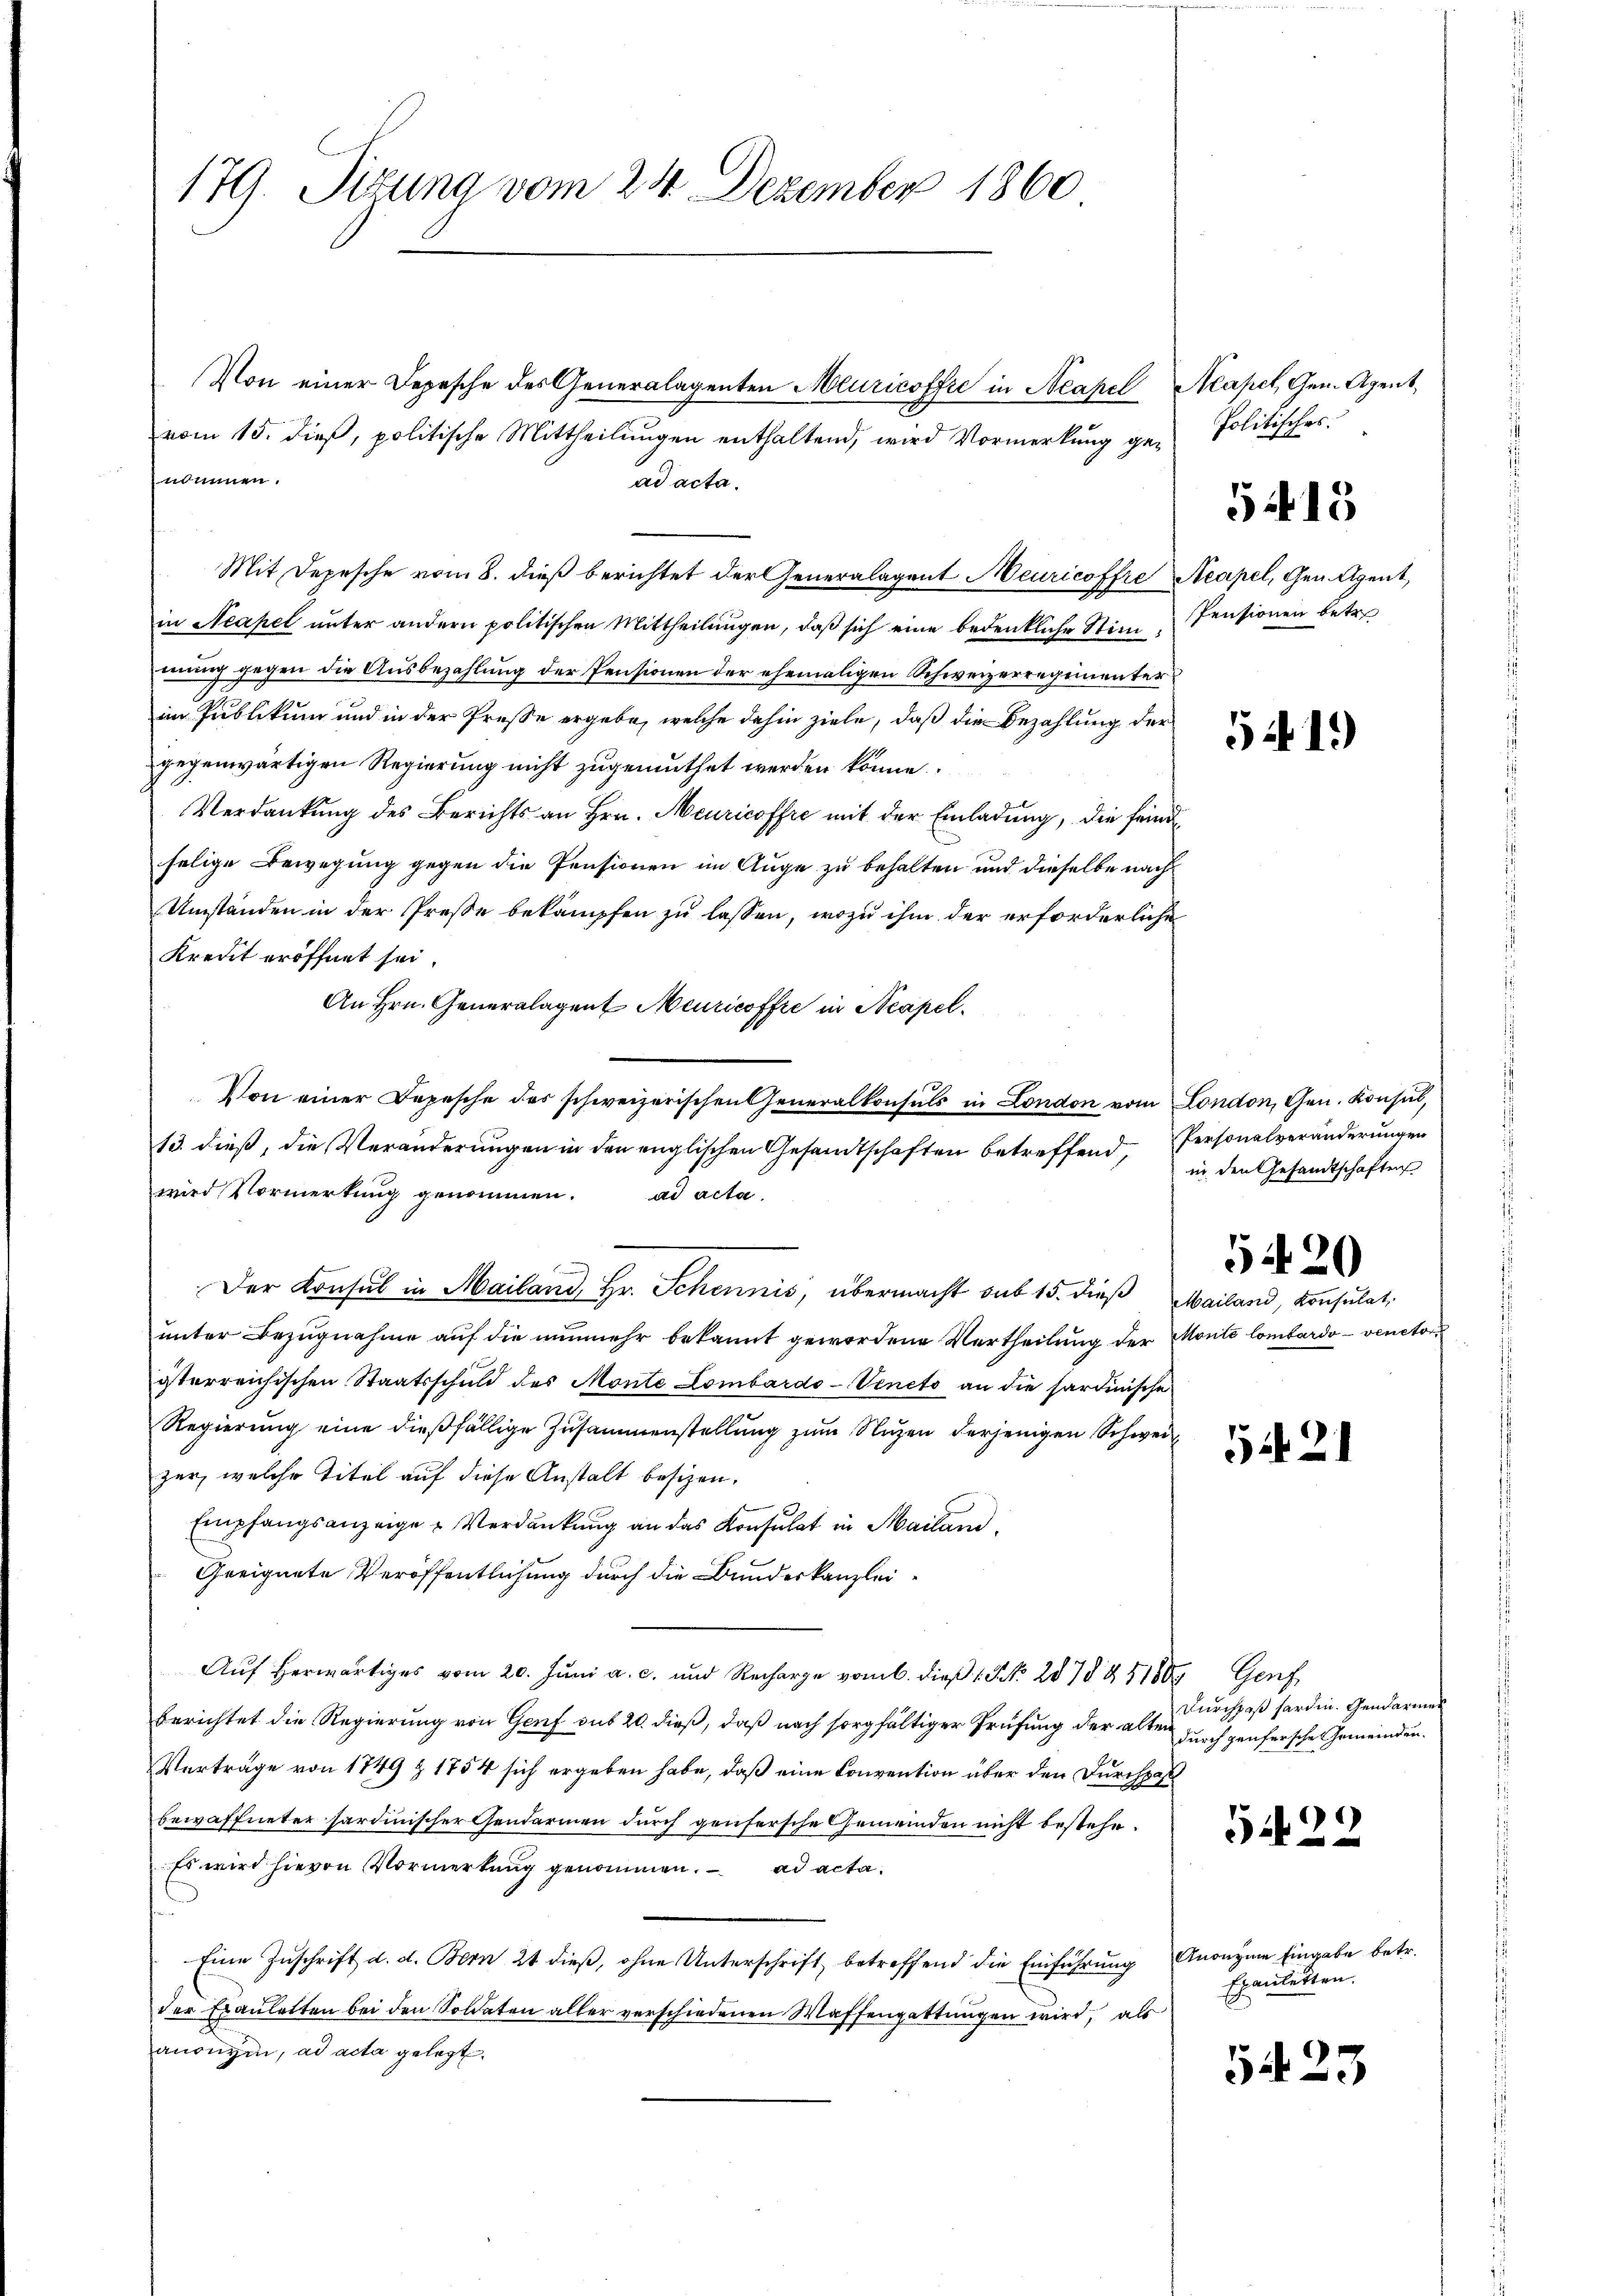
179. Sizung vom 24. Dezember 1860

vom 15. dieß, politische Mittheilungen enthaltend, wird Vormerkung genbinnen.
ad acta.
Mit Depesche vom 8. dieß berichtet der Generalagent Meuricoffre Acapel, Gen. Agent,
in Neapel unter andern politischen Mittheilungen, daß sich eine bedenkliche Stim-Pensionen betr.
mung gegen die Ausbezahlung der Pensionen der ehemaligen Schweizerregimenter
im Publikum und in der Presse ergebe, welche dahin ziele, daß die Bezahlung der
gegenwärtigen Regierung nicht zugemuthet werden könne.
Verdankung des Berichts an Hrn. Meuricoffre mit der Einladung, die feindselige Bewegung gegen die Pensionen im Auge zu behalten und dieselbe nach
Umständen in der Presse bekämpfen zu lassen, wozu ihm der erforderliche
Kredit eröffnet sei.
An Hrn. Generalagent Meuricoffre in Neapel¬
Von einer Depesche des schweizerischen Generalkonsuls in London vom London, Gen. Konsul,
13. dieß, die Veränderungen in den englischen Gesandtschaften betreffend,
wird Vormerkung genommen. ad acta
t
Der Konsul in Mailand, Hr. Schennis, übermacht sub 15. dieß Mailand, Konsulat,
unter Bezugnahme auf die nunmehr bekannt gewordene Vertheilung der Monté lombardo - venetoristerreichischen Staatsschuld des Monte Lombardo-Veneto an die sardinische
Regierung eine dießfällige Zusammenstellung zum Nuzen derjenigen Schweiz
zer, welche Titel auf diese Anstalt besizen.
Empfangsanzeige u Verdankŭng an das Konsulat in Mailand,
Geeignete Veröffentlichung durch die Bundeskanzlei¬
Auf herwärtiges vom 20. Juni a. c. und Recharge vom 6. dieß 1 S. 2878 § 51809 Genf
berichtet die Regierung von Genf sub 20. dieß, daß nach sorgfältiger Prüfung der alten durch genfersche Gemeinden¬
Verträge von 1849 & 1754 sich ergeben habe, daß eine Convention über den Durchpaß
bewaffneter hardinischer Gendarmen durch genfersche Gemeinden nicht bestehe¬
Es wird hievon Vormerkung genommen. ad acta¬
Eine Zŭschrift d. d. Bern 21 dieß, ohne Unterschrift betreffend die Einführung Anonyme Eingabe betr.
der Fräuleiten bei den Soldaten aller verschiedenen Waffengattungen wird, als
anonym, ad acta gelegt.

Von einer Depesche des Generalagenten Meuricoffre in Neapel-Acapel, Gem. Agent,

Politisches.

5415

54. 19)

Personalveränderungen
in den Gesandtschaften

5420

2

Durchpaß forden. Gendarme

5122

Epauletten.

54. 23.